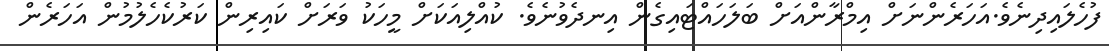
ފުހެލައިދިނެވެ.އަހަރެންނަށް އިމްރާންއަށް ބަލަހައްޓައިގެން އިނދެވުނެވެ. ކުއްލިއަކަށް މީހަކު ވަރަށް ކައިރިން ކަރުކެހެލުމުން އަހަރެން